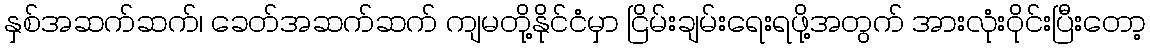
နှစ်အဆက်ဆက်၊ ခေတ်အဆက်ဆက် ကျမတို့နိုင်ငံမှာ ငြိမ်းချမ်းရေးရဖို့အတွက် အားလုံးဝိုင်းပြီးတော့